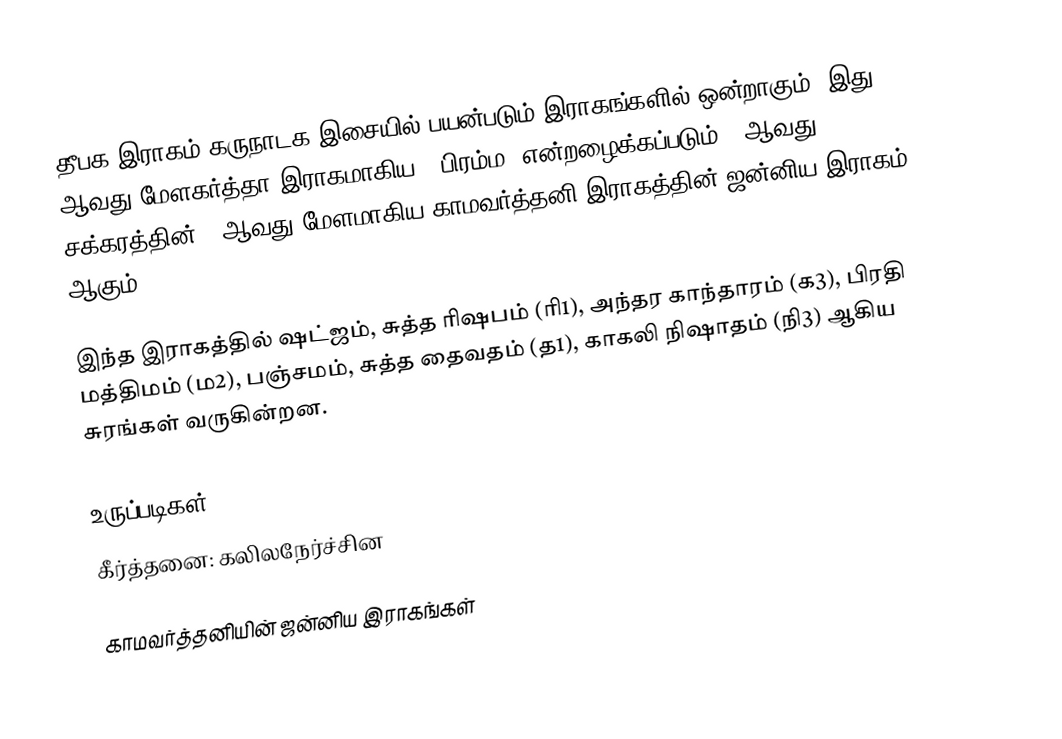
தீபக இராகம் கருநாடக இசையில் பயன்படும் இராகங்களில் ஒன்றாகும். இது 51 ஆவது மேளகர்த்தா இராகமாகிய, "பிரம்ம" என்றழைக்கப்படும் 9 ஆவது சக்கரத்தின் 3 ஆவது மேளமாகிய காமவர்த்தனி இராகத்தின் ஜன்னிய இராகம் ஆகும்.

இந்த இராகத்தில் ஷட்ஜம், சுத்த ரிஷபம் (ரி1),  அந்தர காந்தாரம் (க3), பிரதி மத்திமம் (ம2), பஞ்சமம், சுத்த தைவதம் (த1), காகலி நிஷாதம்  (நி3) ஆகிய சுரங்கள் வருகின்றன.

உருப்படிகள்
 கீர்த்தனை: கலிலநேர்ச்சின

காமவர்த்தனியின் ஜன்னிய இராகங்கள்